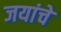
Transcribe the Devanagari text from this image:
जयांचे